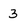
Character: 3